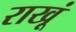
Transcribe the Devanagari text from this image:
राखूं